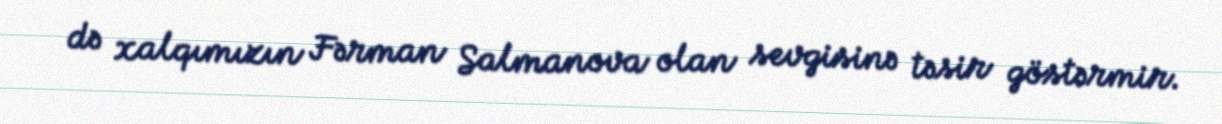
də xalqımızın Fərman Salmanova olan sevgisinə təsir göstərmir.